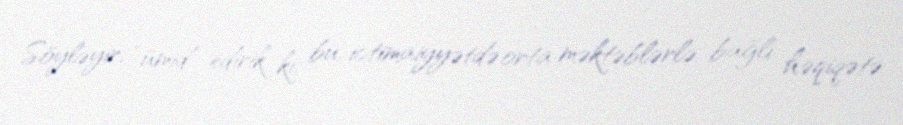
Söyləyir, “ümid edirik ki, bu, ictimaiyyətdə orta məktəblərlə bağlı həqiqətə